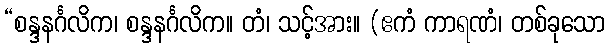
“စန္ဒနင်္ဂလိက၊ စန္ဒနင်္ဂလိက။ တံ၊ သင့်အား။ (ဧကံ ကာရဏံ၊ တစ်ခုသော